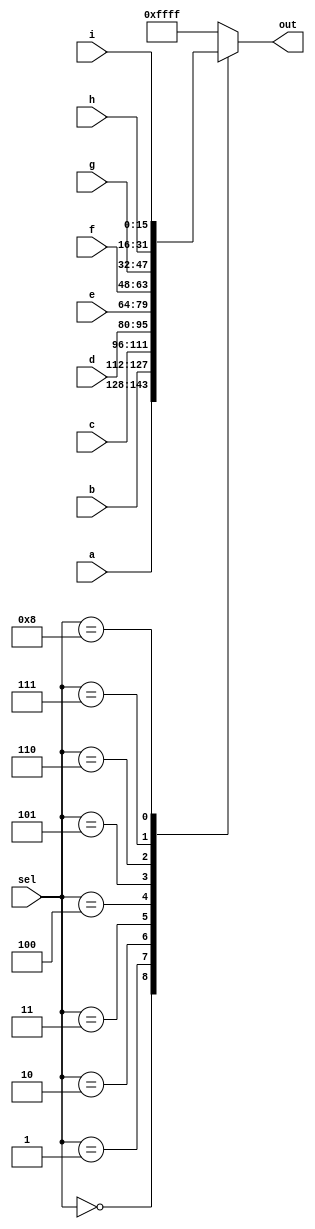
module top_module( 
    input [15:0] a, b, c, d, e, f, g, h, i,
    input [3:0] sel,
    output [15:0] out );
    always @(*) begin
        case(sel)
            0 : out = a;
            1 : out = b; 
            2 : out = c; 
            3 : out = d; 
            4 : out = e;
            5 : out = f; 
            6 : out = g; 
            7 : out = h;
            8 : out = i; 
            default : out = 16'hffff;
    	endcase
    end
endmodule